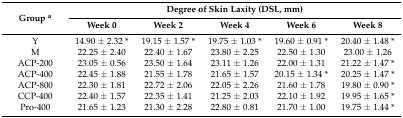
<table><thead><tr><td rowspan="2"><b>Group <sup>a</sup></b></td><td colspan="5"><b>Degree of Skin Laxity (DSL, mm)</b></td></tr><tr><td><b>Week 0</b></td><td><b>Week 2</b></td><td><b>Week 4</b></td><td><b>Week 6</b></td><td><b>Week 8</b></td></tr></thead><tbody><tr><td>Y</td><td>14.90 ± 2.32 *</td><td>19.15 ± 1.57 *</td><td>19.75 ± 1.03 *</td><td>19.60 ± 0.91 *</td><td>20.40 ± 1.48 *</td></tr><tr><td>M</td><td>22.25 ± 2.40 </td><td>22.40 ± 1.67 </td><td>23.80 ± 2.25 </td><td>22.50 ± 1.30 </td><td>23.00 ± 1.26 </td></tr><tr><td>ACP-200</td><td>23.05 ± 0.56 </td><td>23.50 ± 1.64 </td><td>23.11 ± 1.26 </td><td>22.00 ± 1.31 </td><td>21.22 ± 1.47 *</td></tr><tr><td>ACP-400</td><td>22.45 ± 1.88 </td><td>21.55 ± 1.78 </td><td>21.65 ± 1.57</td><td>20.15 ± 1.34 * </td><td>20.25 ± 1.47 *</td></tr><tr><td>ACP-800</td><td>22.30 ± 1.81 </td><td>22.72 ± 2.06 </td><td>22.05 ± 2.26 </td><td>21.60 ± 1.78 </td><td>19.80 ± 0.90 *</td></tr><tr><td>CCP-400</td><td>22.40 ± 1.57 </td><td>22.35 ± 1.41 </td><td>21.25 ± 2.03 </td><td>22.10 ± 1.92 </td><td>19.95 ± 1.65 *</td></tr><tr><td>Pro-400</td><td>21.65 ± 1.23 </td><td>21.30 ± 2.28 </td><td>22.80 ± 0.81 </td><td>21.70 ± 1.00 </td><td>19.75 ± 1.44 *</td></tr></tbody></table>